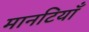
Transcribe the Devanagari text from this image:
मानटियाँ